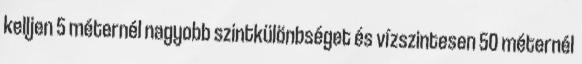
kelljen 5 méternél nagyobb szintkülönbséget és vízszintesen 50 méternél